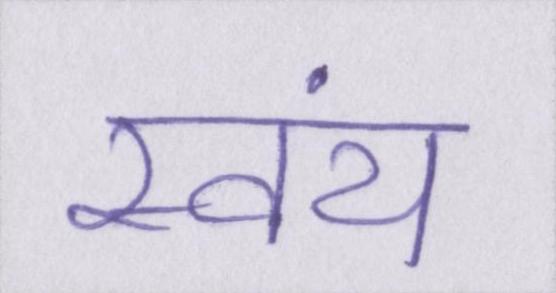
स्वंय